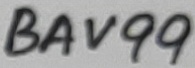
Text: BAV99